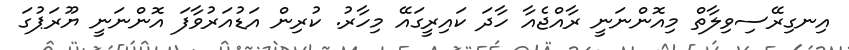
އިނގިރޭސިވިލާތް މިއޮންނަނީ ރާއްޖެއާ ހާދަ ކައިރީގައޭ މިހާރު. ކުރިން އަޑުއަރުވާފަ އޮންނަނީ ޔޫރަޕުގަ